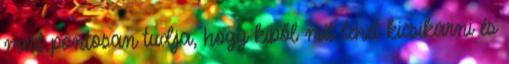
mert pontosan tudja, hogy kiből mit lehet kicsikarni és